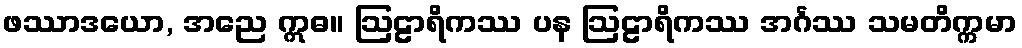
ဖဿာဒယော, အညေ ဣဓ။ ဩဠာရိကဿ ပန ဩဠာရိကဿ အင်္ဂဿ သမတိက္ကမာ